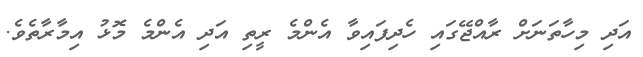
އަދި މިހާތަނަށް ރާއްޖޭގައި ހެދިފައިވާ އެންމެ ރީތި އަދި އެންމެ މޮޅު އިމާރާތެވެ.